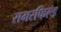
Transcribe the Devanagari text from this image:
समरफिल्ड